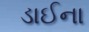
ડાઈના